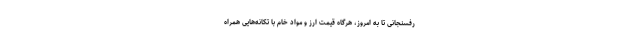
‌رفسنجانی تا به امروز، هرگاه قیمت ارز و مواد خام با تکانه‌هایی همراه